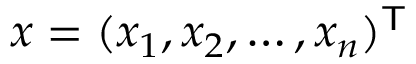
x = ( x _ { 1 } , x _ { 2 } , \ldots , x _ { n } ) ^ { \mathsf { T } }